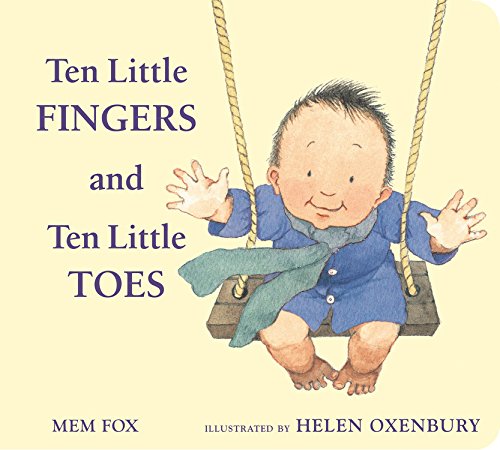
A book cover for Ten Little Fingers and Ten Little Toes padded board book; Mem Fox; Children's Books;